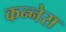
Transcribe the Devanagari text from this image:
कन्नेस